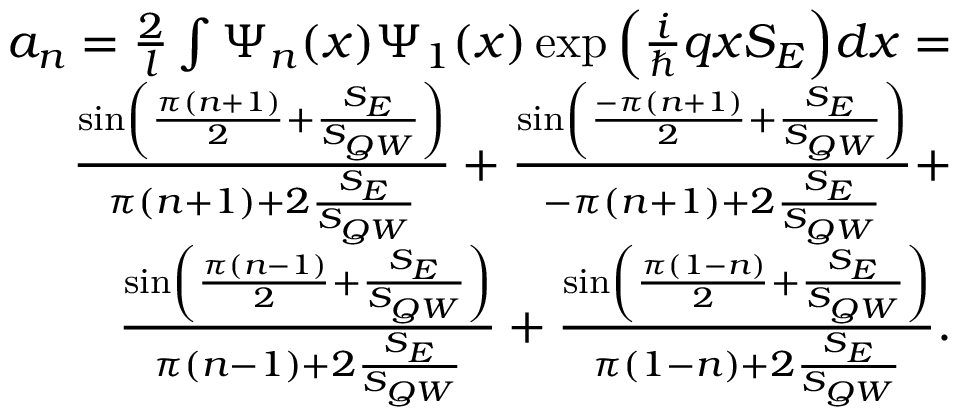
\begin{array} { r } { a _ { n } = \frac { 2 } { l } \int \Psi _ { n } ( x ) \Psi _ { 1 } ( x ) \exp { \Big ( \frac { i } { \hbar } q x S _ { E } \Big ) } d x = } \\ { \frac { \sin \left( \frac { \pi ( n + 1 ) } { 2 } + \frac { S _ { E } } { S _ { { Q W } } } \right) } { \pi ( n + 1 ) + 2 \frac { S _ { E } } { S _ { { Q W } } } } + \frac { \sin \left( \frac { - \pi ( n + 1 ) } { 2 } + \frac { S _ { E } } { S _ { { Q W } } } \right) } { - \pi ( n + 1 ) + 2 \frac { S _ { E } } { S _ { { Q W } } } } + } \\ { \frac { \sin \left( \frac { \pi ( n - 1 ) } { 2 } + \frac { S _ { E } } { S _ { { Q W } } } \right) } { \pi ( n - 1 ) + 2 \frac { S _ { E } } { S _ { { Q W } } } } + \frac { \sin \left( \frac { \pi ( 1 - n ) } { 2 } + \frac { S _ { E } } { S _ { { Q W } } } \right) } { \pi ( 1 - n ) + 2 \frac { S _ { E } } { S _ { { Q W } } } } . } \end{array}